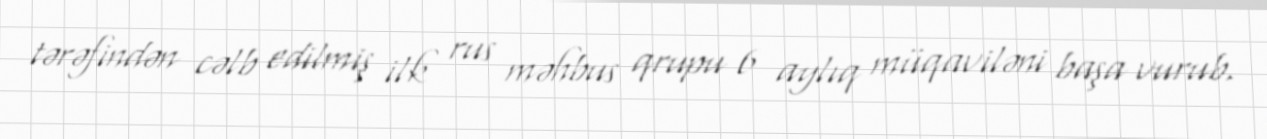
tərəfindən cəlb edilmiş ilk rus məhbus qrupu 6 aylıq müqaviləni başa vurub.